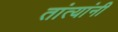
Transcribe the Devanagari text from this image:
तांत्यांनी